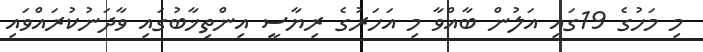
މި މަހުގެ 19ގައި އަލުން ބާއްވާ މި އަހަރުގެ ރިޔާސީ އިންތިޚާބުގައި ވާދަނުކުރައްވައި